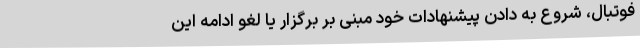
فوتبال، شروع به دادن پیشنهادات خود مبنی بر برگزار یا لغو ادامه این